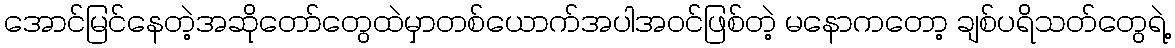
အောင်မြင်နေတဲ့အဆိုတော်တွေထဲမှာတစ်ယောက်အပါအဝင်ဖြစ်တဲ့ မနောကတော့ ချစ်ပရိသတ်တွေရဲ့